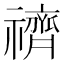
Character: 䄢